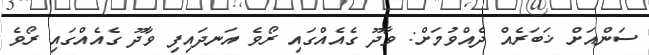
ސަންއަށް ޚަބަރެއް ދެއްވުމަށް: ވާދޫ ގެއެއްގައި ރޯވެ އަނދައިފި ވާދޫ ގެއެއްގައި ރޯވެ